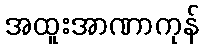
အထူးအာဏာကုန်